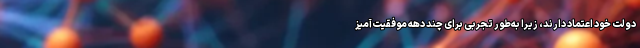
دولت خود اعتماد دارند، زیرا به‌طور تجربی برای چند دهه موفقیت‌آمیز